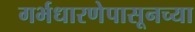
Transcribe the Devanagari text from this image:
गर्भधारणेपासूनच्या